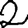
Digit: 2